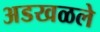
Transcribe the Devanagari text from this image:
अडखळले